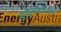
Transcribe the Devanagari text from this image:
आकुंचनशील